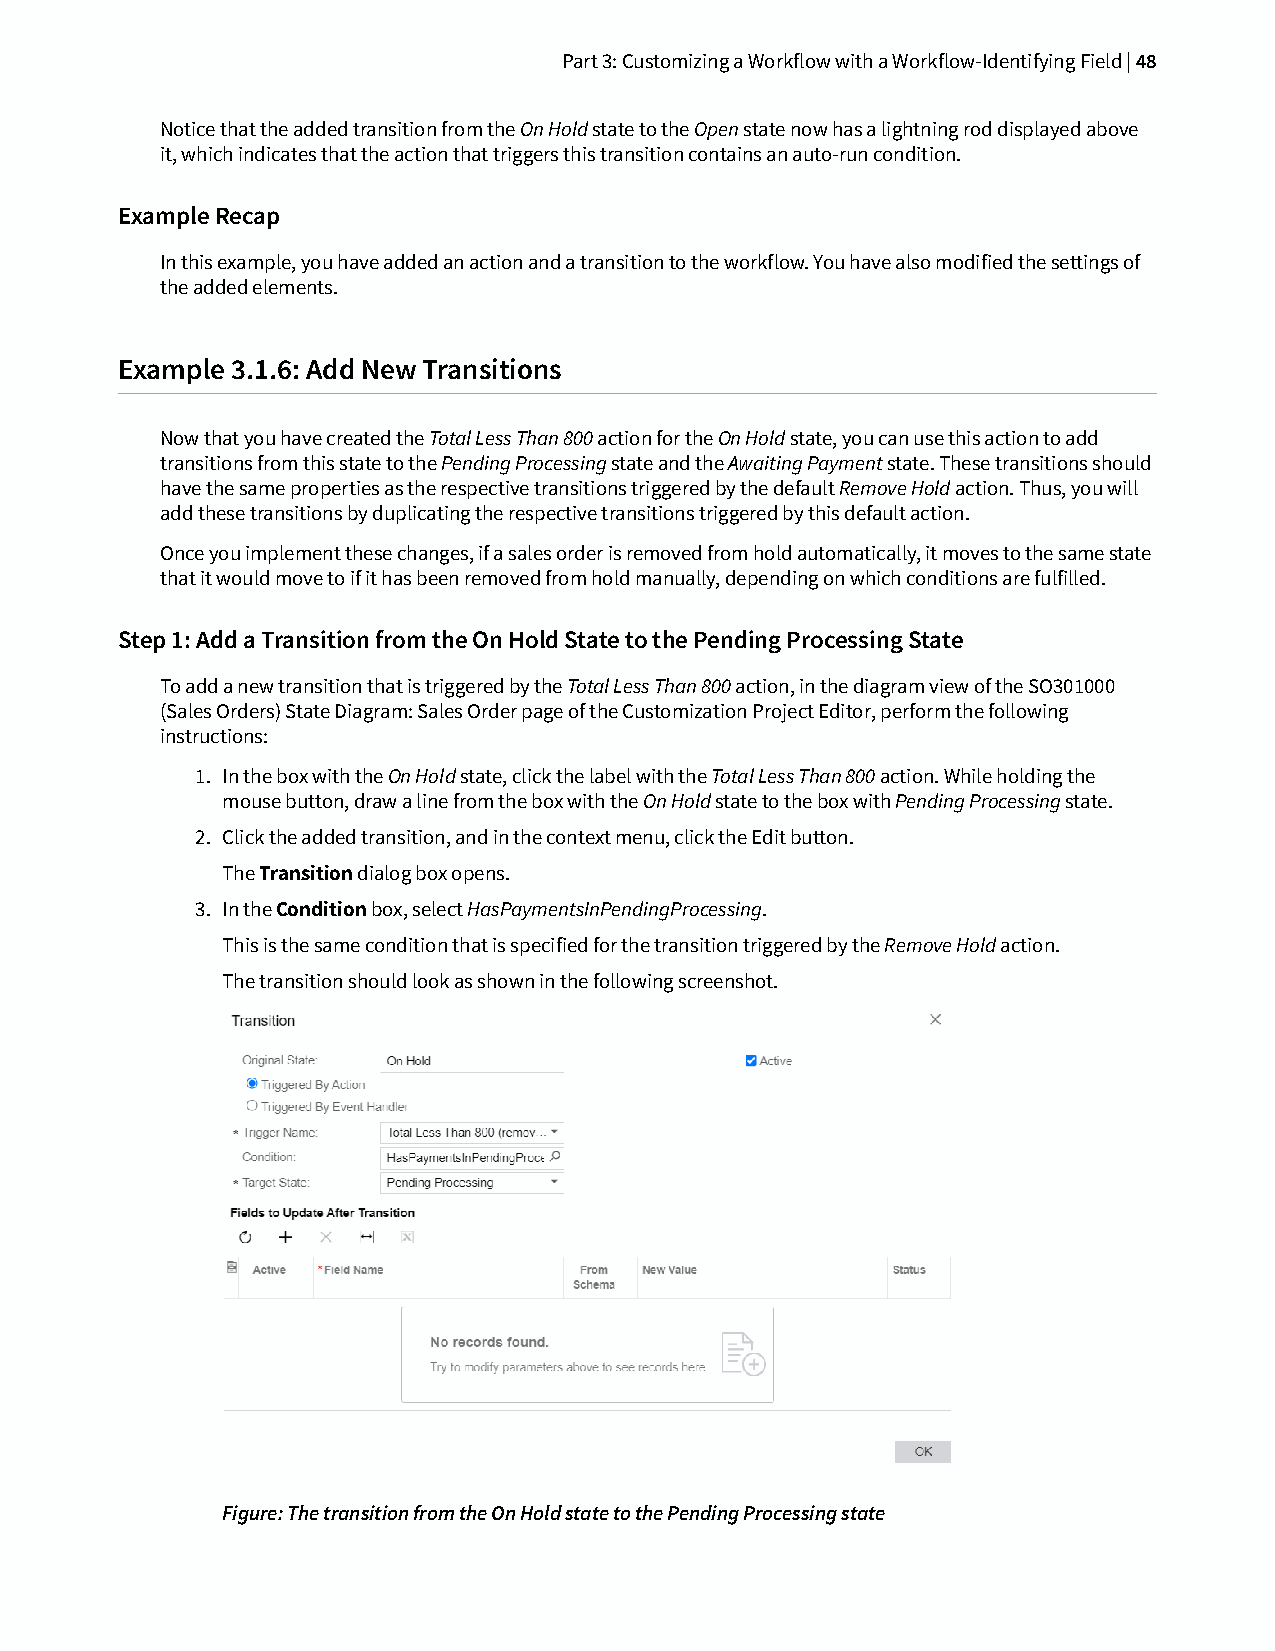
Part 3: Customizing a Workflow with a Workflow-Identifying Field | 48
 Notice that the added transition from the On Hold state to the Open state now has a lightning rod displayed above
 it, which indicates that the action that triggers this transition contains an auto-run condition.
 Example Recap
 In this example, you have added an action and a transition to the workflow. You have also modified the settings of
 the added elements.
 Example 3.1.6: Add New Transitions
 Now that you have created the Total Less Than 800 action for the On Hold state, you can use this action to add
 transitions from this state to the Pending Processing state and the Awaiting Payment state. These transitions should
 have the same properties as the respective transitions triggered by the default Remove Hold action. Thus, you will
 add these transitions by duplicating the respective transitions triggered by this default action.
 Once you implement these changes, if a sales order is removed from hold automatically, it moves to the same state
 that it would move to if it has been removed from hold manually, depending on which conditions are fulfilled.
 Step 1: Add a Transition from the On Hold State to the Pending Processing State
 To add a new transition that is triggered by the Total Less Than 800 action, in the diagram view of the SO301000
 (Sales Orders) State Diagram: Sales Order page of the Customization Project Editor, perform the following
 instructions:
 1. In the box with the On Hold state, click the label with the Total Less Than 800 action. While holding the
 mouse button, draw a line from the box with the On Hold state to the box with Pending Processing state.
 2. Click the added transition, and in the context menu, click the Edit button.
 The Transition dialog box opens.
 3. In the Condition box, select HasPaymentsInPendingProcessing.
 This is the same condition that is specified for the transition triggered by the Remove Hold action.
 The transition should look as shown in the following screenshot.
 Figure: The transition from the On Hold state to the Pending Processing state